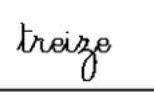
treize